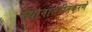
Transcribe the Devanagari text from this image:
स्थानांतरीतकरणे